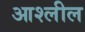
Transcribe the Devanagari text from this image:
आश्लील